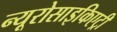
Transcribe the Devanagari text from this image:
न्यूरोसाइकिएट्री